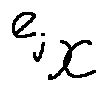
e _ { j _ { X } }